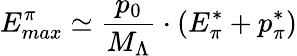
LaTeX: E_{max}^{\pi}\simeq\frac{p_{0}}{M_{\Lambda}}\cdot(E_{\pi}^{*}+p_{\pi}^{*})